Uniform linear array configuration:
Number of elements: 16
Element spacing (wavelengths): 0.75
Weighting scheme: blackman
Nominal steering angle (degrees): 60
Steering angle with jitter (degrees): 58.59
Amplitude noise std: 0.05
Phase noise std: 0.05

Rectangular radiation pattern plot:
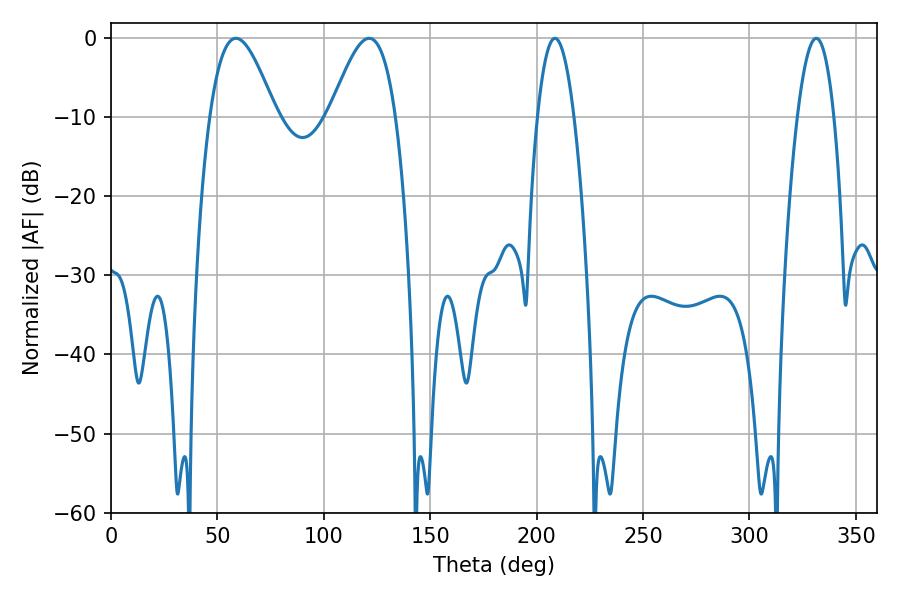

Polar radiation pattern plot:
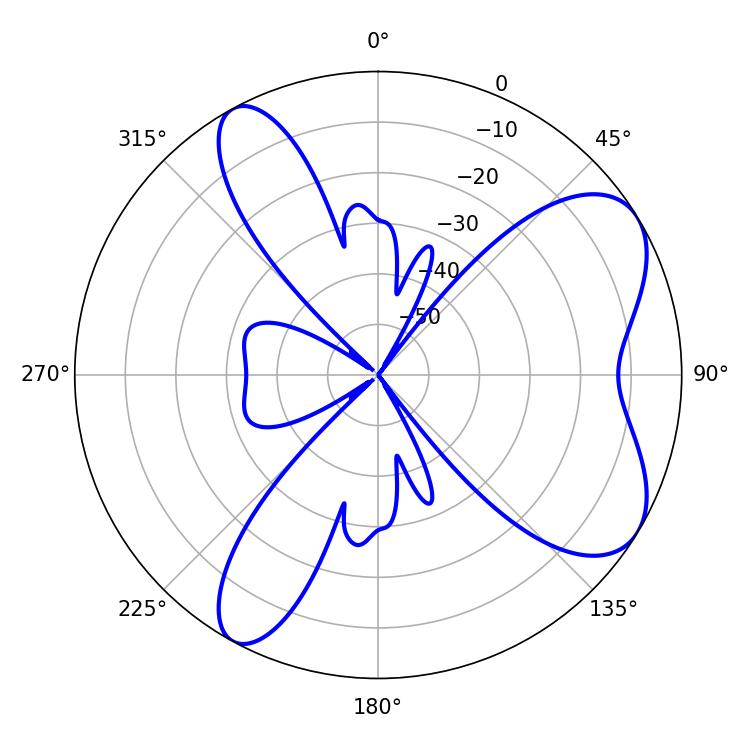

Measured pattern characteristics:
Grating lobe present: TRUE
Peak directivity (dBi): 6.995
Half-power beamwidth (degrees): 9.54
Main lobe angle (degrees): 208.62